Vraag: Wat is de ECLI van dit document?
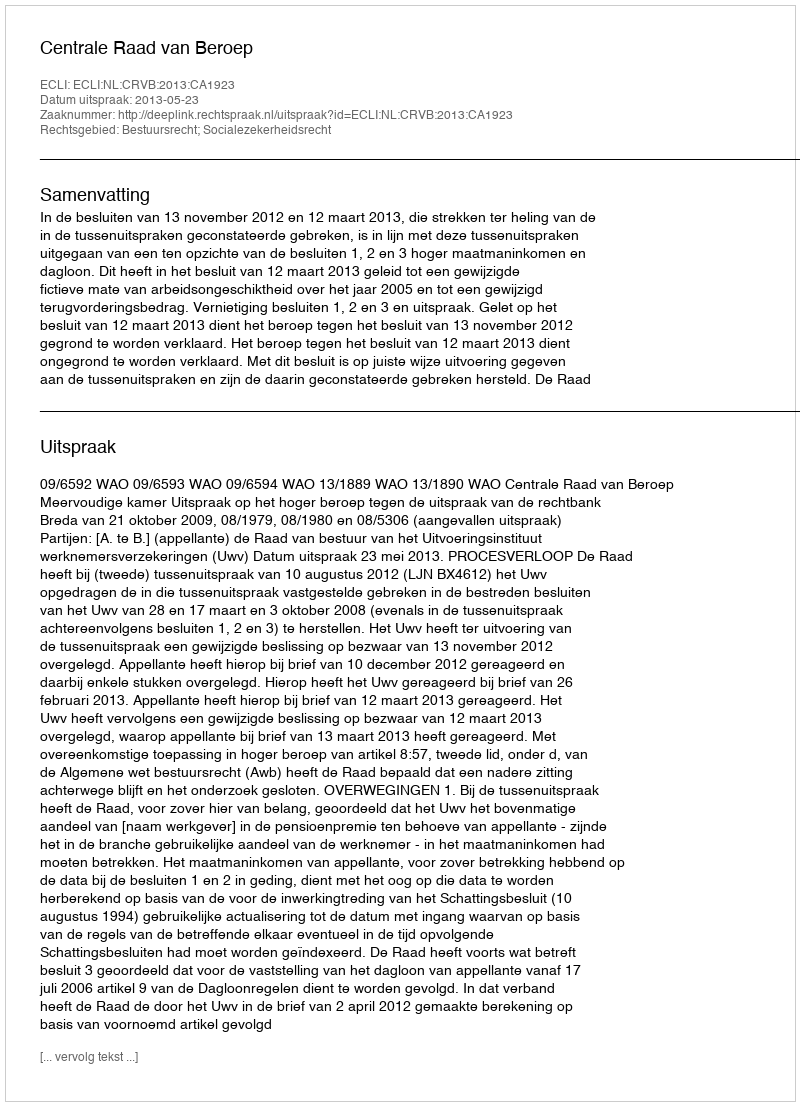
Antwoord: ECLI:NL:CRVB:2013:CA1923